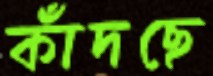
কাঁদছে